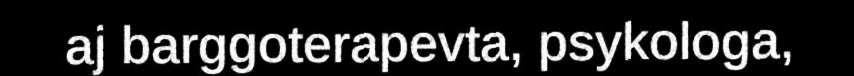
aj barggoterapevta, psykologa,